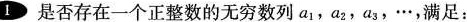
1 是否存在一个正整数的无穷数列a_{1},a_{2},a_{3},···,满足：